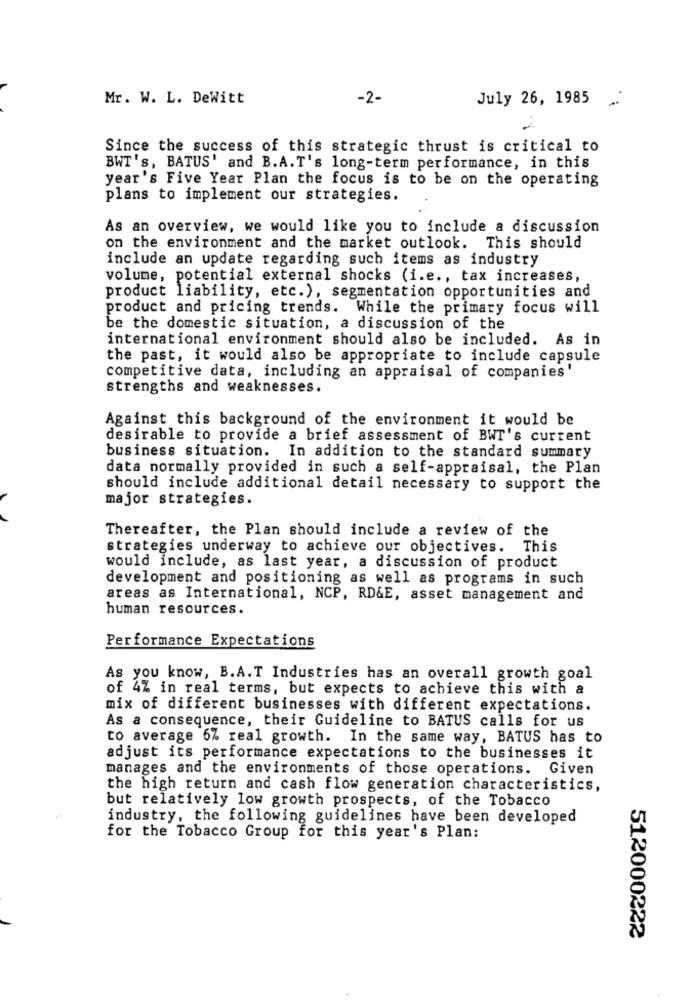
Mr. W. L. DeWitt
-2-
July 26, 1985
-
Since the success of this strategic thrust is critical to
BWT's, BATUS' and B.A.T's long-term performance, in this
year's Five Year Plan the focus is to be on the operating
plans to implement our strategies.
As an overview, we would like you to include a discussion
on the environment and the market outlook. This should
include an update regarding such items as industry
volume, potential external shocks (i.e ., tax increases,
product liability, etc.), segmentation opportunities and
product and pricing trends. While the primary focus will
be the domestic situation, a discussion of the
international environment should also be included. As in
the past, it would also be appropriate to include capsule
competitive data, including an appraisal of companies'
strengths and weaknesses.
Against this background of the environment it would be
desirable to provide a brief assessment of BWT's current
business situation. In addition to the standard summary
data normally provided in such a self-appraisal, the Plan
should include additional detail necessary to support the
major strategies.
Thereafter, the Plan should include a review of the
strategies underway to achieve our objectives. This
would include, as last year, a discussion of product
development and positioning as well as programs in such
areas as International, NCP, RD&E, asset management and
human resources.
Performance Expectations
As you know, B.A.T Industries has an overall growth goal
of 4% in real terms, but expects to achieve this with a
mix of different businesses with different expectations.
As a consequence, their Guideline to BATUS calls for us
to average 6% real growth. In the same way, BATUS has to
adjust its performance expectations to the businesses it
manages and the environments of those operations. Given
the high return and cash flow generation characteristics,
but relatively low growth prospects, of the Tobacco
industry, the following guidelines have been developed
for the Tobacco Group for this year's Plan:
512000222